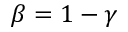
\beta = 1 - \gamma